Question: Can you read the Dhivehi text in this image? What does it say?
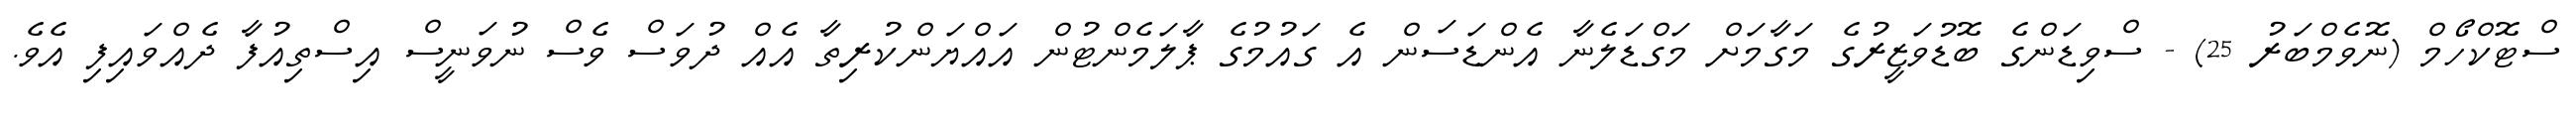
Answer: ސްޓޮކްހޯމް (ނޮވެމްބަރު 25) - ސްވިޑަންގެ ބޮޑުވަޒީރުގެ މަގާމަށް މަގްޑަލެނާ އެންޑަސަން އެ ގައުމުގެ ޕާލަމެންޓުން އައްޔަންކުރިތާ އެއް ދުވަސް ވެސް ނުވަނީސް އިސްތިއުފާ ދެއްވައިފި އެވެ.